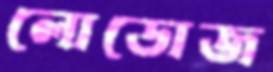
লোডোজ